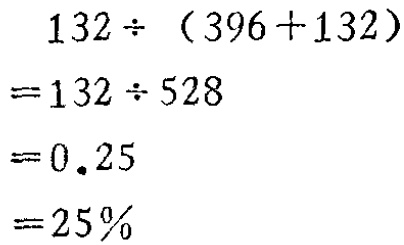
\[

\begin{align*}

&132\div(396 + 132)\\

=&132\div528\\

=&0.25\\

=&25\%

\end{align*}

\]